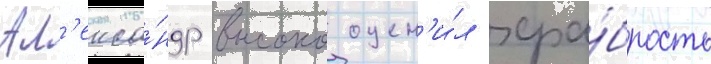
Ал'екса́ндр высоко оцен'и́л хра́брость